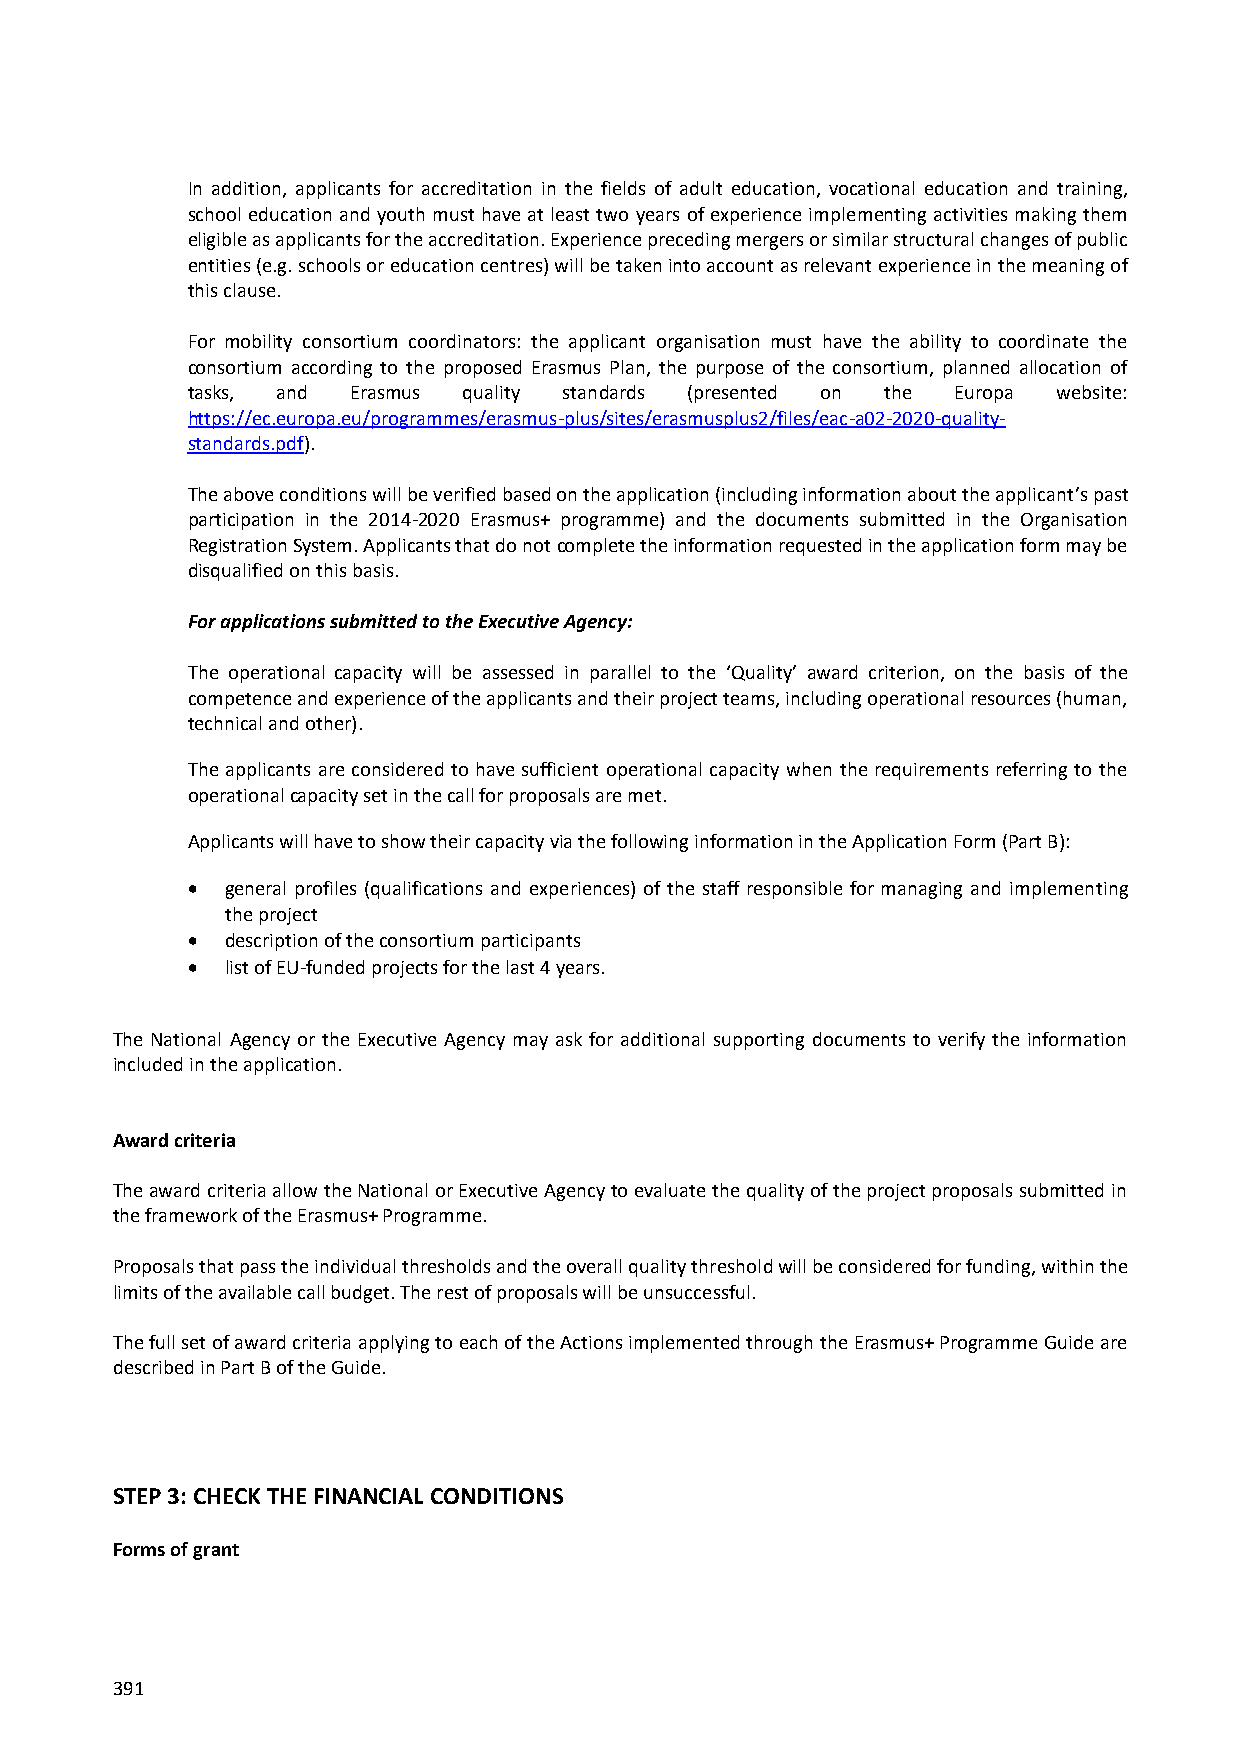
In addition, applicants for accreditation in the fields of adult education, vocational education and training,
 school education and youth must have at least two years of experience implementing activities making them
 eligible as applicants for the accreditation. Experience preceding mergers or similar structural changes of public
 entities (e.g. schools or education centres) will be taken into account as relevant experience in the meaning of
 this clause.
 For mobility consortium coordinators: the applicant organisation must have the ability to coordinate the
 consortium according to the proposed Erasmus Plan, the purpose of the consortium, planned allocation of
 tasks, and Erasmus quality standards (presented on the Europa website:
 https://ec.europa.eu/programmes/erasmus-plus/sites/erasmusplus2/files/eac-a02-2020-quality-
 standards.pdf).
 The above conditions will be verified based on the application (including information about the applicant’s past
 participation in the 2014-2020 Erasmus+ programme) and the documents submitted in the Organisation
 Registration System. Applicants that do not complete the information requested in the application form may be
 disqualified on this basis.
 For applications submitted to the Executive Agency:
 The operational capacity will be assessed in parallel to the ‘Quality’ award criterion, on the basis of the
 competence and experience of the applicants and their project teams, including operational resources (human,
 technical and other).
 The applicants are considered to have sufficient operational capacity when the requirements referring to the
 operational capacity set in the call for proposals are met.
 Applicants will have to show their capacity via the following information in the Application Form (Part B):
   general profiles (qualifications and experiences) of the staff responsible for managing and implementing
 the project
   description of the consortium participants
   list of EU-funded projects for the last 4 years.
 The National Agency or the Executive Agency may ask for additional supporting documents to verify the information
 included in the application.
 Award criteria
 The award criteria allow the National or Executive Agency to evaluate the quality of the project proposals submitted in
 the framework of the Erasmus+ Programme.
 Proposals that pass the individual thresholds and the overall quality threshold will be considered for funding, within the
 limits of the available call budget. The rest of proposals will be unsuccessful.
 The full set of award criteria applying to each of the Actions implemented through the Erasmus+ Programme Guide are
 described in Part B of the Guide.
 STEP 3: CHECK THE FINANCIAL CONDITIONS
 Forms of grant
 391